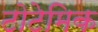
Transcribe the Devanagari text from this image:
टोटेमिक